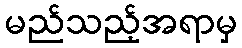
မည်သည့်အရာမှ